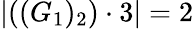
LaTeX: \left|((G_{1})_{2})\cdot 3\right|=2